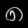
Digit: ၈